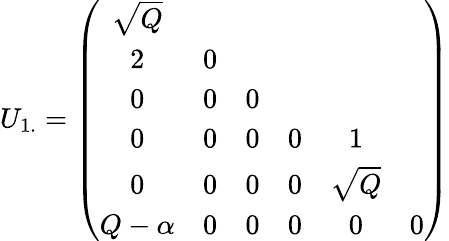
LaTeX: U_{1.}=\left(\begin{array}{ccccccc}{{\sqrt{Q}}}\\ {{2}}&{{0}}\\ {{0}}&{{0}}&{{0}}\\ {{0}}&{{0}}&{{0}}&{{0}}&{{1}}\\ {{0}}&{{0}}&{{0}}&{{0}}&{{\sqrt{Q}}}\\ {{Q-\alpha}}&{{0}}&{{0}}&{{0}}&{{0}}&{{0}}\end{array}\right)